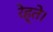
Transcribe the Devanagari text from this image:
रेह्ते।